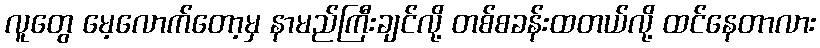
လူတွေ မေ့လောက်တော့မှ နာမည်ကြီးချင်လို့ တစ်စခန်းထတယ်လို့ ထင်နေတာလား